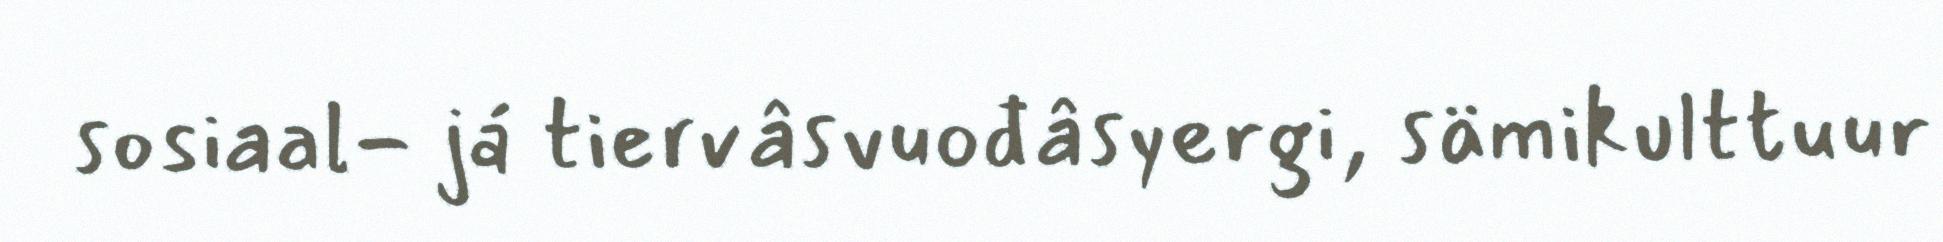
sosiaal- já tiervâsvuođâsyergi, sämikulttuur